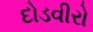
દોડવીરો